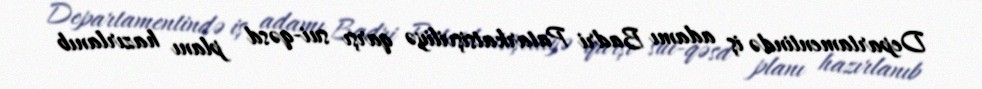
Departamentində iş adamı Badri Patarkatsişviliyə qarşı sui-qəsd planı hazırlanıb